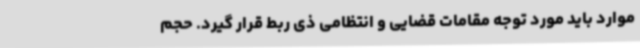
موارد باید مورد توجه مقامات قضایی و انتظامی ذی ربط قرار گیرد. حجم